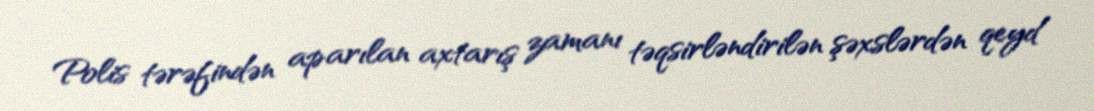
Polis tərəfindən aparılan axtarış zamanı təqsirləndirilən şəxslərdən qeyd